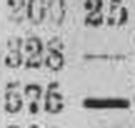
576 —